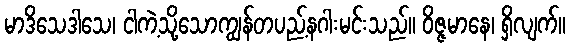
မာဒိသေဒါသေ၊ ငါကဲ့သို့သောကျွန်တပည့်နဂါးမင်းသည်။ ဝိဇ္ဇမာနေ၊ ရှိလျက်။